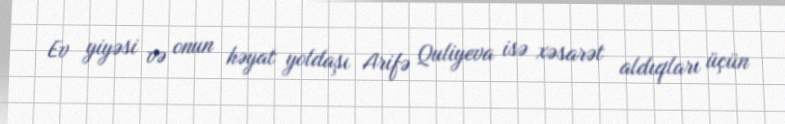
Ev yiyəsi və onun həyat yoldaşı Arifə Quliyeva isə xəsarət aldıqları üçün